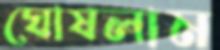
ঘোষলাম